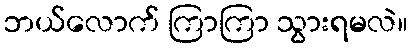
ဘယ်လောက် ကြာကြာ သွားရမလဲ။